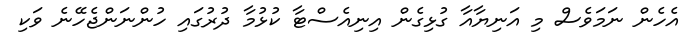
އެހެން ނަމަވެސް މި އަނިޔާއާ ގުޅިގެން އިނިއެސްޓާ ކުޅުމާ ދުރުގައި ހުންނަންޖެހޭނެ ވަކި